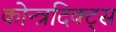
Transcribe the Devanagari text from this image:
कोन्त्रदिक्ट्स